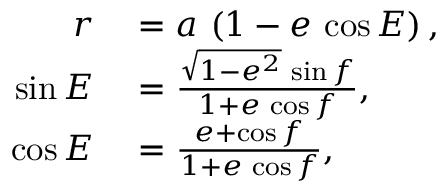
\begin{array} { r l } { r } & { { } = a \, \left( 1 - e \, \cos E \right) , } \\ { \sin E } & { { } = \frac { \sqrt { 1 - e ^ { 2 } } \, \sin f } { 1 + e \, \cos f } , } \\ { \cos E } & { { } = \frac { e + \cos f } { 1 + e \, \cos f } , } \end{array}